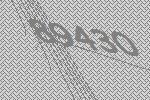
89430